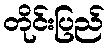
တိုင်းပြည်